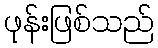
ဖုန်းဖြစ်သည်